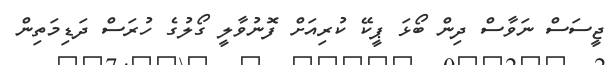
ޖީސަސް ނަވާސް ދިން ބޯޅަ ޕީކޭ ކުރިއަށް ފޮނުވާލީ ގޯލުގެ ހުރަސް ދަޑިމަތިން